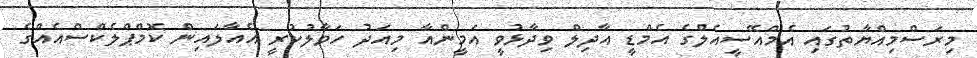
މިރަސްމިއްޔާތުގައި އެމްއޭސީއެލްގެ އެމްޑީ އާދިލް ވިދާޅުވީ އަމީންއާ މިއަދު ހަވާލުކުރީ އެއާލައިން ކޮމްޕްލެކްސްއެއްގެ